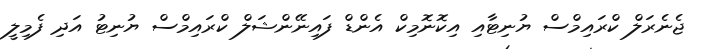
ޖެނެރަލް ކްރައިމްސް ޔުނިޓާއި އިކޮނޮމިކް އެންޑް ފައިނޭންޝަލް ކްރައިމްސް ޔުނިޓު އަދި ފެމިލީ